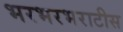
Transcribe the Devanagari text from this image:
भरभरभराटीस